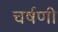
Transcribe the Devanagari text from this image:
चर्षणी